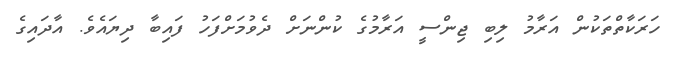
ހަރަކާތްތަކުން އަރާމު ލިބި ޖިންސީ އަރާމުގެ ކުންނަށް ދެވުމަށްފަހު ފައިބާ ދިޔައެވެ. އާދައިގެ